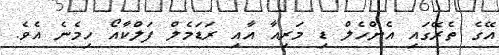
އޭގެ ތެރޭގައި އެންހެލް ޑި މަރިއާ އާއި ރަޑަމެލް ފަލްކާއޯ ހިމެނެ އެވެ.